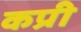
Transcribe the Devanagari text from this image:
कप्री